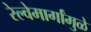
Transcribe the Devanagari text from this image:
रेल्वेमार्गांमुळे